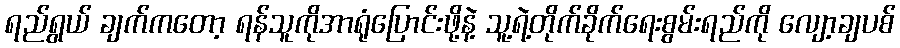
ရည်ရွယ် ချက်ကတော့ ရန်သူကိုအာရုံပြောင်းဖို့နဲ့ သူ့ရဲ့တိုက်ခိုက်ရေးစွမ်းရည်ကို လျော့ချပစ်